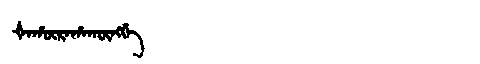
Manchu: ᡧᠠᡥᡡᡵᠠᡥᠠᡴᡡᠩᡤᡝ
Romanization: ŠAHŪRAHAKŪNGGE